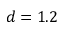
d = 1 . 2